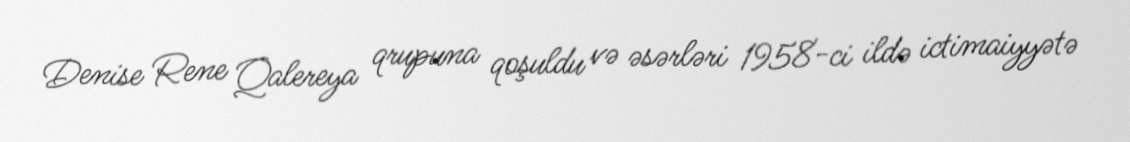
Denise Rene Qalereya qrupuna qoşuldu və əsərləri 1958-ci ildə ictimaiyyətə